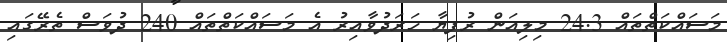
މަސައްކަތްތައް 24.3 މިލިއަން ރުފިޔާ ހަރަދުވާއިރު އެ މަސައްކަތްތައް 240 ދުވަސް ތެރޭގައި